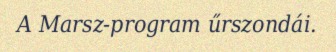
A Marsz-program űrszondái.